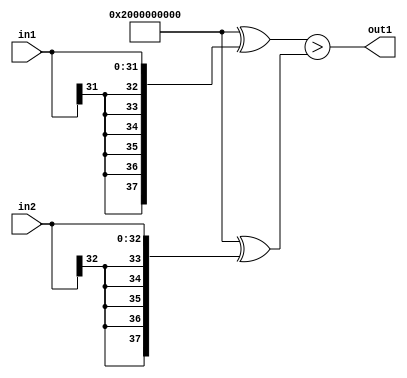
`timescale 1ps / 1ps
/*****************************************************************************
    Verilog RTL Description
    
    
    Created by: Stratus DpOpt 2019.1.01 
*******************************************************************************/

module avg_pool_LessThan_33Sx32S_1U_1 (
	in2,
	in1,
	out1
	); /* architecture "behavioural" */ 
input [32:0] in2;
input [31:0] in1;
output  out1;
wire  asc001;

assign asc001 = ((38'B10000000000000000000000000000000000000 ^ {{6{in1[31]}}, in1})>(38'B10000000000000000000000000000000000000
    ^ {{5{in2[32]}}, in2}));

assign out1 = asc001;
endmodule

/* CADENCE  uLT1SQE= : u9/ySgnWtBlWxVPRXgAZ4Og= ** DO NOT EDIT THIS LINE ******/